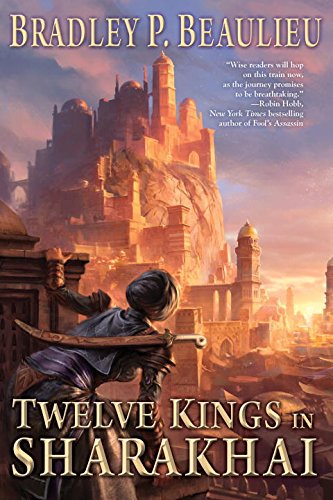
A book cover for Twelve Kings in Sharakhai: The Song of Shattered Sands: Book One; Bradley P. Beaulieu; Science Fiction & Fantasy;